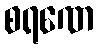
စရဏေ